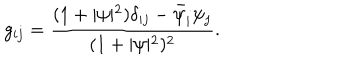
LaTeX: g _ { i j } = \frac { ( 1 + \vert \psi \vert ^ { 2 } ) \delta _ { i j } - \bar { \psi } _ { i } \psi _ { j } } { ( 1 + \vert \psi \vert ^ { 2 } ) ^ { 2 } } .